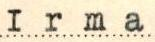
Irma